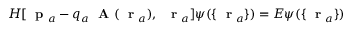
H [ \mathrm { ~ \bf ~ p ~ } _ { a } - q _ { a } \mathrm { ~ \bf ~ A ~ } ( \mathrm { ~ \bf ~ r ~ } _ { a } ) , \; \mathrm { ~ \bf ~ r ~ } _ { a } ] \psi ( \{ \mathrm { ~ \bf ~ r ~ } _ { a } \} ) = E \psi ( \{ \mathrm { ~ \bf ~ r ~ } _ { a } \} )